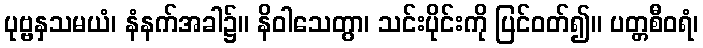
ပုဗ္ဗနှသမယံ၊ နံနက်အခါ၌။ နိဝါသေတွာ၊ သင်းပိုင်းကို ပြင်ဝတ်၍။ ပတ္တစီဝရံ၊